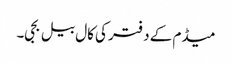
میڈم کے دفتر کی کال بیل بجی۔